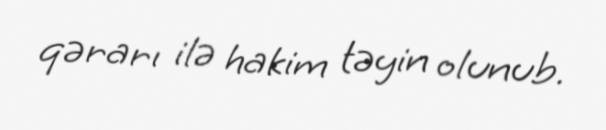
qərarı ilə hakim təyin olunub.